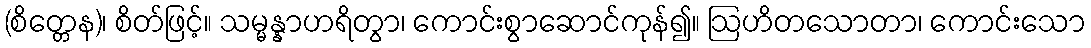
(စိတ္တေန)၊ စိတ်ဖြင့်။ သမ္မန္နာဟရိတွာ၊ ကောင်းစွာဆောင်ကုန်၍။ ဩဟိတသောတာ၊ ကောင်းသော